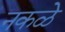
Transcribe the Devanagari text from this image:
नकळे